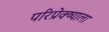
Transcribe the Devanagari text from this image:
परिप्रेक्ष्याला